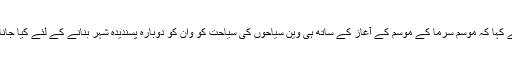
انہوں نے کہا کہ موسم سرما کے موسم کے آغاز کے ساتھ ہی وین سیاحوں کی سیاحت کو وان کو دوبارہ پسندیدہ شہر بنانے کے لئے کیا جانا چاہئے۔